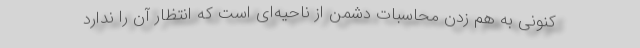
کنونی به هم زدن محاسبات دشمن از ناحیه‌ای است که انتظار آن را ندارد